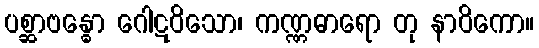
ပစ္ဆာဗန္ဓော ဂေါဋဝိသော၊ ကဏ္ဏဓာရော တု နာဝိကော။